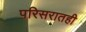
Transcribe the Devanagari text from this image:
परिसरातही